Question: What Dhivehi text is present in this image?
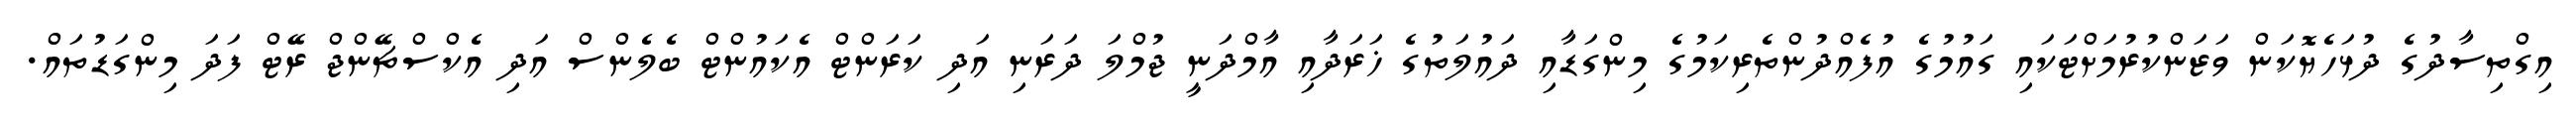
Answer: އިގްތިސާދުގެ ދުޅަހެޔޮކަން ވަޒަންކުރުމަށްޓަކައި ގައުމުގެ އުފެއްދުންތެރިކަމުގެ މިންގަޑާއި ދައުލަތުގެ ޚަރަދާއި އާމްދަނީ ޖުމްލަ ދަރަނި އަދި ކަރަންޓް އެކައުންޓް ބެލެންސް އަދި އެކްސްޗޭންޖް ރޭޓް ފަދަ މިންގަޑުތައް.